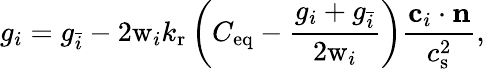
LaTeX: g_{i}=g_{\bar{i}}-2\mathrm{w}_{i}k_{\mathrm{r}}\left(C_{\mathrm{eq}}-\frac{g_{i}+g_{\bar{i}}}{2\mathrm{w}_{i}}\right)\frac{\mathbf{c}_{i}\cdot\mathbf{n}}{c_{\mathrm{s}}^{2}},